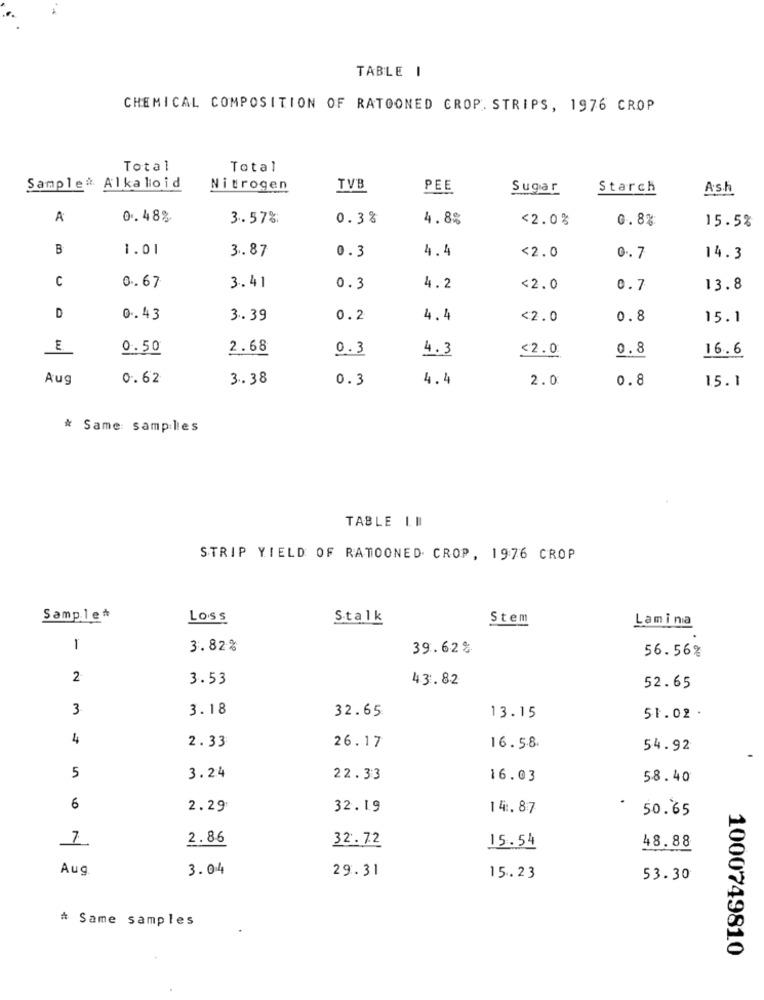
TABLE I
CHEMICAL COMPOSITION OF RATOONED CROP. STRIPS, 1976 CROP
Total
Total
Sample& Alkaloid
Nitrogen
TVB
PEE
Sugar
Starch
A
0.48%
3.57%
0.3%
4.8%
<2.0%
0.8%
15.5%
B
1.01
3.87
4.4
0.3
<2.0
0. 7
14.3
C
0.67
3.41
0.3
4.2
<2.0
0.7
13.8
D
0.43
3.39
0.2
4.4
<2.0
0.8
15.1
E
0.50
2.68
0.3
4.3
<2.0
0.8
16.6
Aug
0.62
3.38
0.3
4.4
2.0
0.8
15.1
* Same: samples
TABLE II
STRIP YIELD OF RATOONED. CROP, 1976 CROP
Sample*
Loss
Stalk
Stem
Lamina
-
3.82%
39.62%
56.56%
2
3.53
43.82
52.65
3
3.18
32.65
13.15
51.02 .
4
2.33
26.17
16.58.
54.92
5
3.24
22.33
16.03
58.40
6
2.29
32.19
14.87
50.65
2.86
32.72
15.54
48.88
Aug
3.04
29.31
15.23
53.30
* Same samples
1000749810